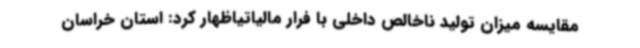
مقایسه میزان تولید ناخالص داخلی با فرار مالیاتیاظهار کرد: استان خراسان